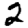
Digit: 2